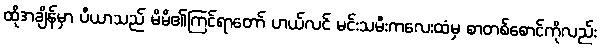
ထိုအချိန်မှာ ပီယာသည် မိမိ၏ကြင်ရာတော် ဟယ်လင် မင်းသမီးကလေးထံမှ စာတစ်စောင်ကိုလည်း